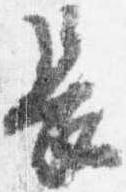
長